Vaccination United Provinces of Agra and Oudh 1902-1913 - 1902-1913
Year: 1902
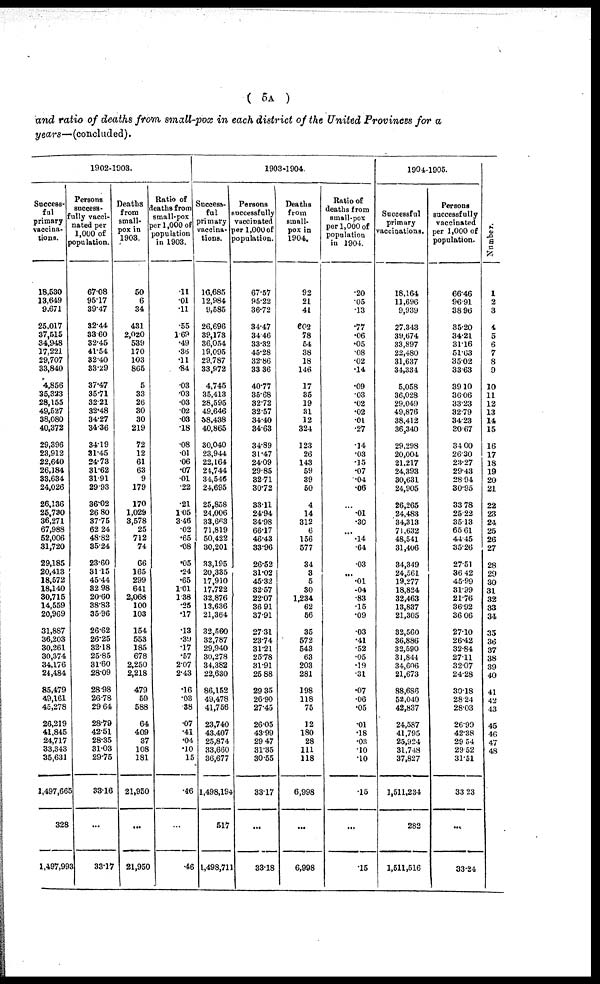
( 5A )
and ratio of deaths from small-pox in each district of the United Provinces for a
years—(concluded).
1902-1903.
Success¬
ful
primary
vaccina¬
tions.
18,530
13,649
9,671
25,017
37,515
34,948
17,221
29,707
33,840
4,856
35,323
28,155
49,527
38,080
40,372
29,396
23,912
22,640
26,184
33,634
24,026
26,136
25,730
36,271
67,988
52,006
31,720
29,185
20,413
18,572
18,140
30,715
14,559
20,969
31,887
36,203
30,261
30,374
34,176
24,484
85,479
49,161
45,278
26,219
41,845
24,717
33,343
35,631
1,497,665
328
1,497,993
Persons
success¬
fully vacci¬
nated per
1,000 of
population.
67.08
95.17
39.47
32.44
33.60
32.45
41.54
32.40
83.29
37.47
35.71
32.21
32.48
34.27
34.36
34.19
31.45
24.73
31.62
31.91
29.93
36.02
26.80
37.75
62.24
48.82
35.24
23.60
31.15
45.44
82.98
20.60
38.83
35.96
26.62
26.25
32.18
25.85
31.60
28.09
28.98
26.78
29.64
28.79
42.51
28.35
31.03
29.75
33.16
...
33.17
Deaths
from
small-
pox in
1903.
50
6
34
431
2,020
539
170
103
805
5
33
26
30
30
219
72
12
61
63
9
179
170
1,029
3,578
25
712
74
66
165
299
641
2,068
100
103
154
553
185
678
2,250
2,218
479
59
588
64
409
37
108
181
21,950
...
21,950
Ratio of
deaths from
small-pox
per 1,000 of
population
in 1903.
.11
.01
.11
.55
1.69
.49
.36
.11
.84
.03
.03
.03
.02
.03
.18
.08
.01
.06
.07
.01
.22
.21
105
3.46
.02
.65
.08
.05
.24
.65
1.01
1.38
.25
.17
.13
.39
.17
.57
2.07
2.43
.16
.03
.38
.07
.41
.04
.10
.15
.46
...
.46
1903-1904.
Success-
ful
primary
vaccina¬
tions.
16,685
12,984
9,585
26,696
39,173
36,054
19,095
29,787
33,972
4,745
35,413
28,595
49,646
58,438
40,865
30,040
23,944
22,164
24,744
34,546
24,695
25,858
24,006
33,663
71.819
50,422
30,201
33,195
20,335
17,910
17,722
32,876
13,636
21,364
32,560
32,787
29,940
30,278
34,382
22,630
86,152
49,478
41,756
23,740
43,407
25,874
33,660
36,677
1,498,194
517
1,498,711
Persons
successfully
vaccinated
per 1,000 of
population.
67.57
95.22
36.72
34.47
34.46
33.32
45.28
32.86
33.36
40.77
35.68
32.72
32.57
34.40
34.63
34.89
31.47
24.09
29.85
3271
30.72
33.11
24.94
34.98
66.17
46.43
33.96
26.52
31.02
45.32
32.57
22.07
36.91
37.91
27.31
23.74
31.21
25.78
31.91
25.88
29.35
26.90
27.45
26.05
43.99
29.47
31.35
30.55
33.17
...
33.18
Deaths
from
small-
pox in
1904.
92
21
41
602
78
54
38
18
146
17
35
19
31
12
324
123
26
143
59
39
50
4
14
312
6
156
577
34
3
5
30
1,234
62
56
35
572
543
63
203
281
198
118
75
12
180
28
111
118
6,998
...
6,998
Ratio of
deaths from
small-pox
per 1,000 of
population
in 1904.
.20
.05
.13
.77
.06
.05
.08
.02
.14
.09
.03
.02
.02
01
.27
.14
.03
.15
.07
.04
.06
...
.01
.30
...
.14
.64
.03
...
.01
.04
.83
.15
.09
.03
.41
.52
.05
.19
.31
.07
.06
.05
.01
.18
.03
.10
.10
.15
...
.15
1904-1905.
Successful
primary
vaccinations.
18,164
11,696
9,939
27,343
39,674
33,897
22,480
31,637
34,334
5,058
36,028
29,049
49,876
38,412
36,340
29,298
20,004
21,217
24,393
30,631
24,905
26,265
24,483
34,313
71,632
48,541
31,406
34,349
24,561
19,277
18,824
32,463
13,837
21,305
32,560
36,886
32,590
31,844
34,606
21,673
88,686
52,040
42,837
24,587
41,795
25,924
31,748
37,827
1,511,234
282
1,511,516
Persons
successfully
vaccinated
per 1,000 of
population.
66.46
96.91
38.96
35.20
34.21
31.16
51.63
35.02
33.63
39.10
36.06
33.23
32.79
34.23
30.67
34.00
26.30
23.27
29.43
28.94
30.95
33.78
25.22
35.13
65.61
44.45
35.26
27.51
36.42
45.99
31.99
21.76
36.92
36.06
27.10
26.42
32.84
27.11
32.07
24.28
30.18
28.24
28.03
26.99
42.38
29.54
29.52
31.51
33.23
...
33.24
Number.
1
2
3
4
5
6
7
8
9
10
11
12
13
14
15
16
17
18
19
20
21
22
23
24
25
26
27
28
29
30
31
32
33
34
35
36
37
38
39
40
41
42
43
45
46
47
48